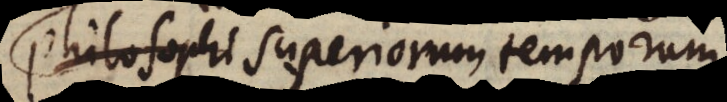
Philosophi superiorum temporum,